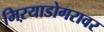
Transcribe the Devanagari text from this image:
मिऱयाडोगरावर